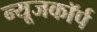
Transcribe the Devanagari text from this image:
न्यूजकॉर्प